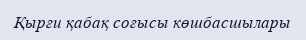
Қырғи қабақ соғысы көшбасшылары